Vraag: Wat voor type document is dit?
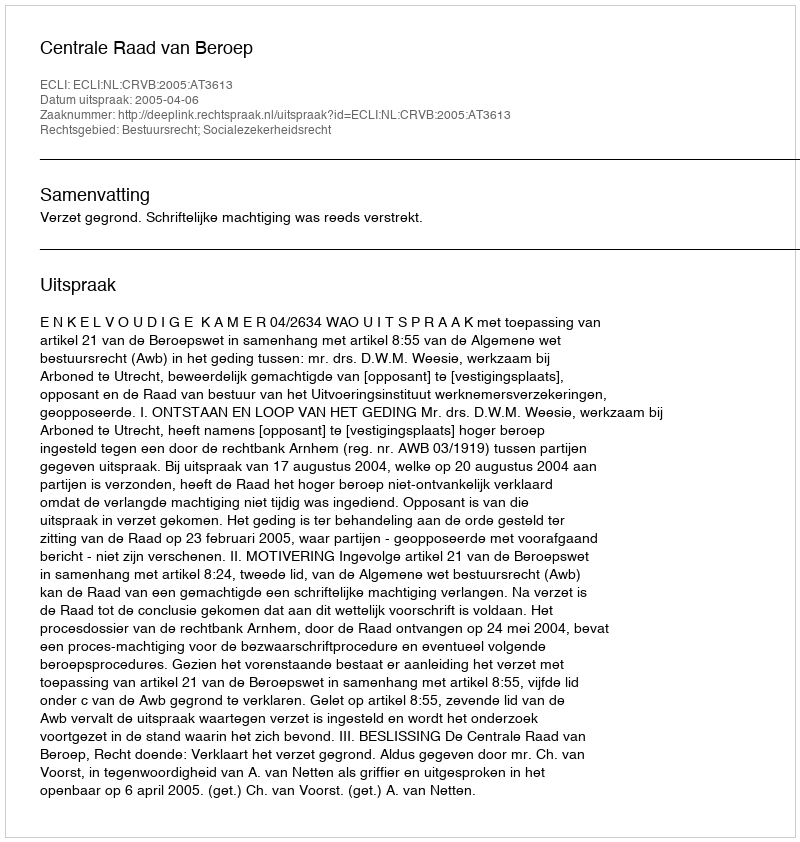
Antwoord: Uitspraak